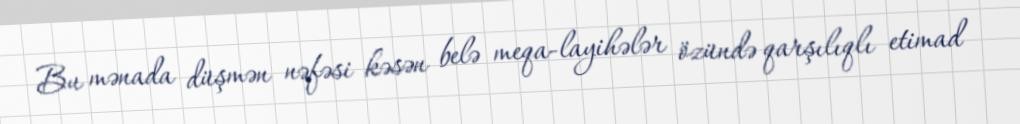
Bu mənada düşmən nəfəsi kəsən belə meqa-layihələr özündə qarşılıqlı etimad